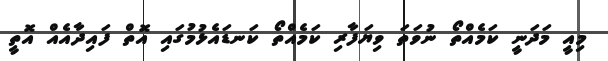
މިއީ މަދަނީ ކަމެއްތޯ ނުވަތަ ވިޔަފާރި ކަމެއްތޯ ކަނޑައެޅުމުގައި އޮތް ފައިދާއެއް އޮތީ